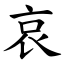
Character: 哀